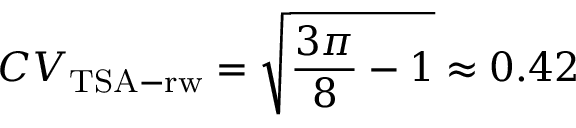
C V _ { \mathrm { T S A - r w } } = \sqrt { \frac { 3 \pi } { 8 } - 1 } \approx 0 . 4 2